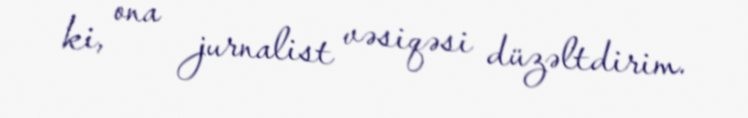
ki, ona jurnalist vəsiqəsi düzəltdirim.